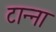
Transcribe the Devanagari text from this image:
टान्ना